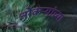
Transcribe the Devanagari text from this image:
नोकऱ्यांच्या